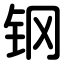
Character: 钢